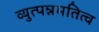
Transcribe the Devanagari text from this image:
व्युत्पन्नमतित्व